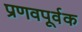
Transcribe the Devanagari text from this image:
प्रणवपूर्वक